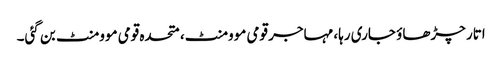
اتار چڑھاؤ جاری رہا، مہاجر قومی موومنٹ، متحدہ قومی موومنٹ بن گئی۔